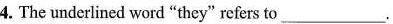
4. The underlined word “they" refers to ___.